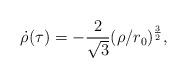
LaTeX: \begin{align*}\dot{\rho}(\tau)=-\frac{2}{\sqrt{3}}(\rho /r_0)^{\frac{3}{2}},\end{align*}